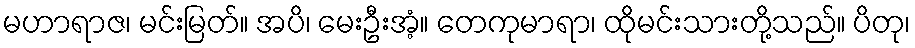
မဟာရာဇ၊ မင်းမြတ်။ အပိ၊ မေးဦးအံ့။ တေကုမာရာ၊ ထိုမင်းသားတို့သည်။ ပိတု၊